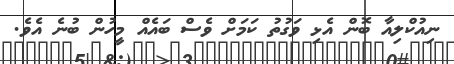
ނިއުކްލިއާ ބޮން އެޅި ވަގުތު ކަމަށް ވެސް ބައެއް މީހުން ބުނެ އެވެ.